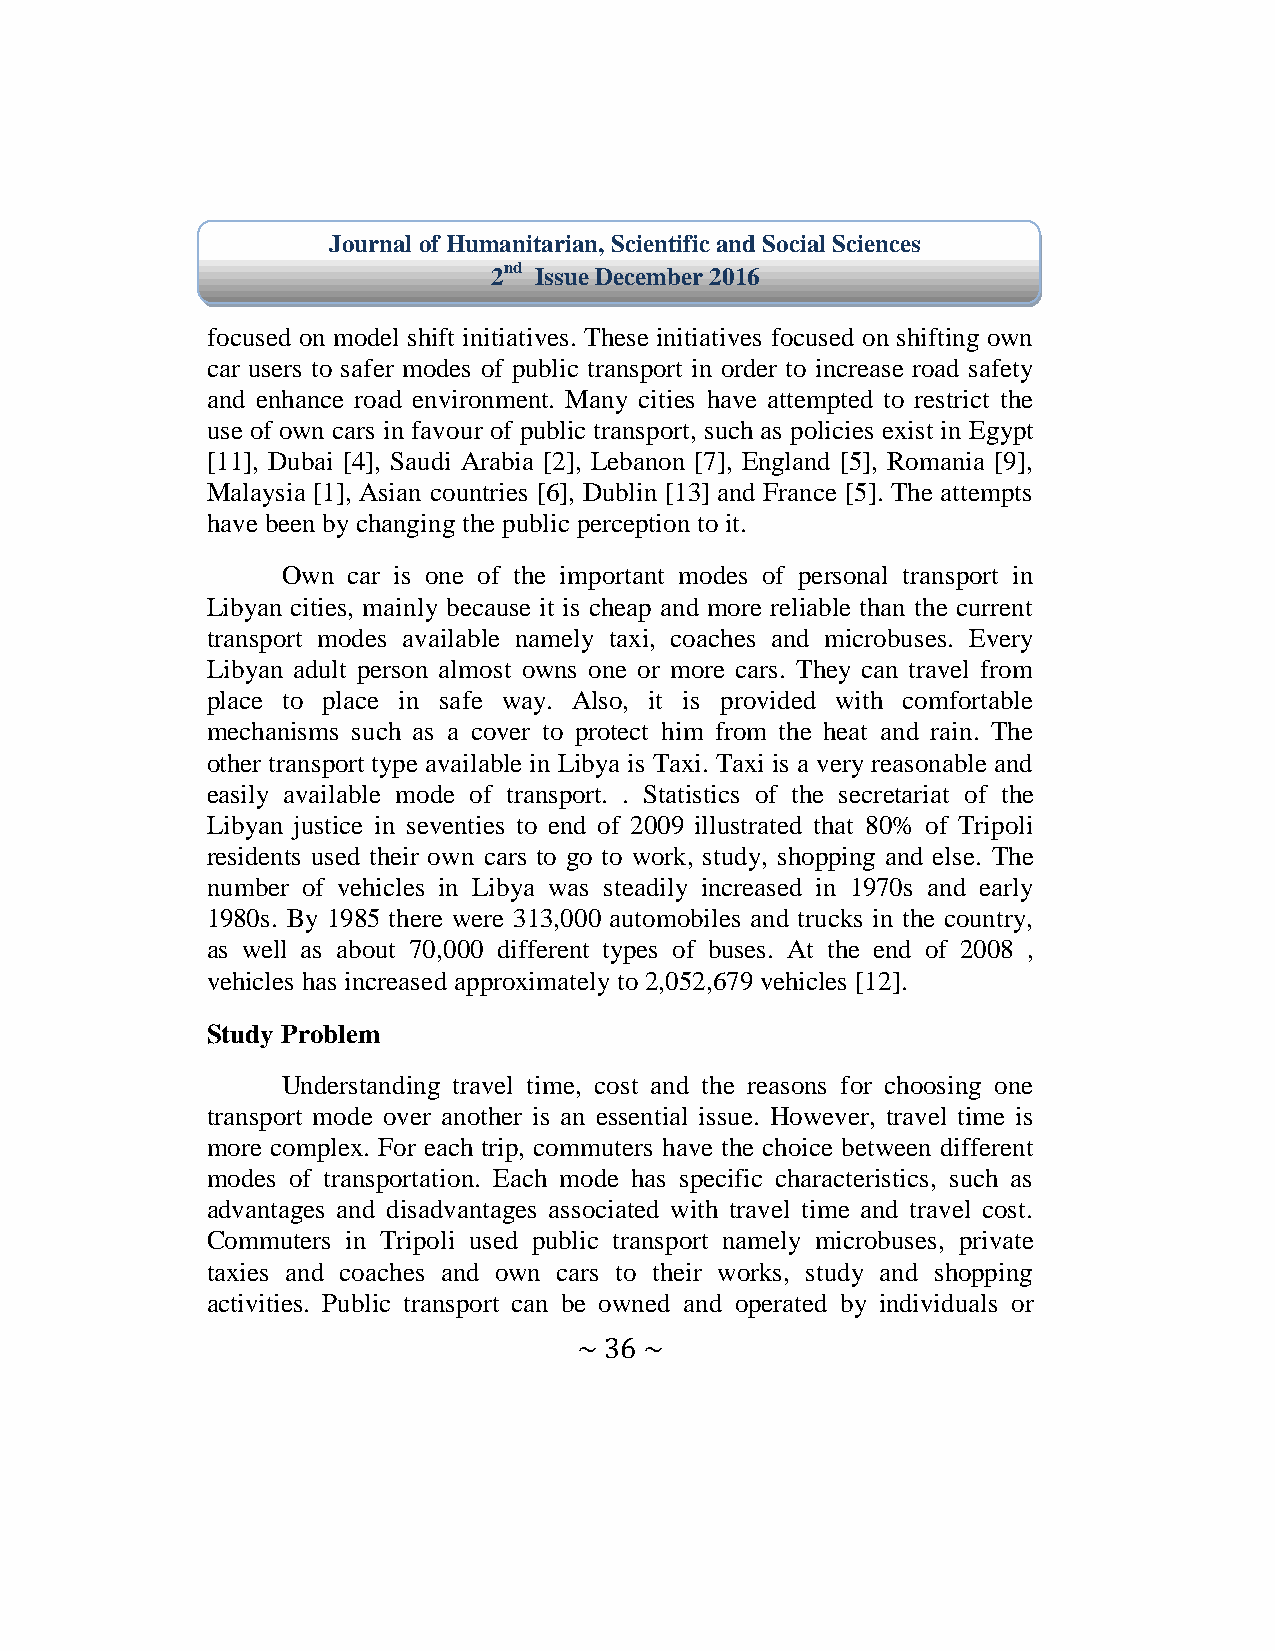
Journal of Humanitarian, Scientific and Social Sciences
 2nd Issue December 2016
 focused on model shift initiatives. These initiatives focused on shifting own
 car users to safer modes of public transport in order to increase road safety
 and enhance road environment. Many cities have attempted to restrict the
 use of own cars in favour of public transport, such as policies exist in Egypt
 [11], Dubai [4], Saudi Arabia [2], Lebanon [7], England [5], Romania [9],
 Malaysia [1], Asian countries [6], Dublin [13] and France [5]. The attempts
 have been by changing the public perception to it.
 Own car is one of the important modes of personal transport in
 Libyan cities, mainly because it is cheap and more reliable than the current
 transport modes available namely taxi, coaches and microbuses. Every
 Libyan adult person almost owns one or more cars. They can travel from
 place to place in safe way. Also, it is provided with comfortable
 mechanisms such as a cover to protect him from the heat and rain. The
 other transport type available in Libya is Taxi. Taxi is a very reasonable and
 easily available mode of transport. . Statistics of the secretariat of the
 Libyan justice in seventies to end of 2009 illustrated that 80% of Tripoli
 residents used their own cars to go to work, study, shopping and else. The
 number of vehicles in Libya was steadily increased in 1970s and early
 1980s. By 1985 there were 313,000 automobiles and trucks in the country,
 as well as about 70,000 different types of buses. At the end of 2008 ,
 vehicles has increased approximately to 2,052,679 vehicles [12].
 Study Problem
 Understanding travel time, cost and the reasons for choosing one
 transport mode over another is an essential issue. However, travel time is
 more complex. For each trip, commuters have the choice between different
 modes of transportation. Each mode has specific characteristics, such as
 advantages and disadvantages associated with travel time and travel cost.
 Commuters in Tripoli used public transport namely microbuses, private
 taxies and coaches and own cars to their works, study and shopping
 activities. Public transport can be owned and operated by individuals or
 ~ 36 ~